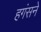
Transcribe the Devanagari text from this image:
हगंसने